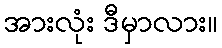
အားလုံး ဒီမှာလား။